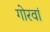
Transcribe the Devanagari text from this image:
गोरवां